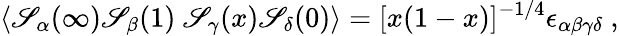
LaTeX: \langle\mathscr{S}_{\alpha}(\infty)\mathscr{S}_{\beta}(1)\ \mathscr{S}_{\gamma}(x)\mathscr{S}_{\delta}(0)\rangle=[x(1-x)]^{-1/4}\epsilon_{\alpha\beta\gamma\delta}\ ,